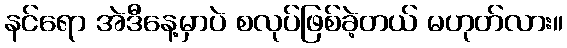
နင်ရော အဲဒီနေ့မှာပဲ စလုပ်ဖြစ်ခဲ့တယ် မဟုတ်လား။